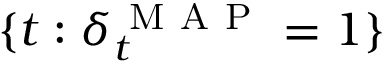
\{ t : \delta _ { t } ^ { \mathrm { ~ M ~ A ~ P ~ } } = 1 \}